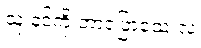
သူ နင့်ကို ဘာပြောသေးလဲ